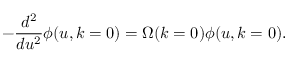
- \frac { d ^ { 2 } } { d u ^ { 2 } } \phi ( u , k = 0 ) = \Omega ( k = 0 ) \phi ( u , k = 0 ) .